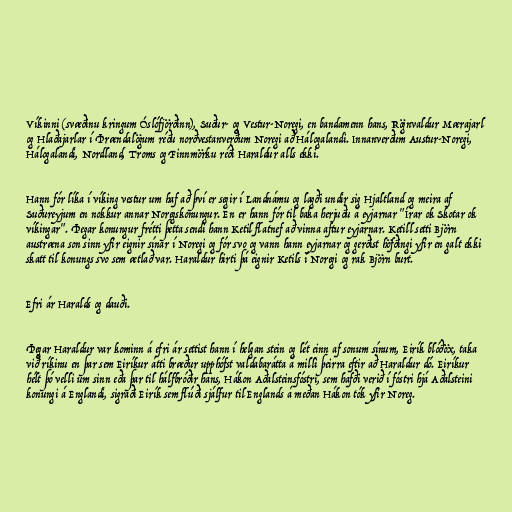
Víkinni (svæðinu kringum Óslófjörðinn), Suður- og Vestur-Noregi, en bandamenn hans, Rögnvaldur Mærajarl
og Hlaðajarlar í Þrændalögum réðu norðvestanverðum Noregi að Hálogalandi. Innanverðum Austur-Noregi,
Hálogalandi, Nordland, Troms og Finnmörku réði Haraldur alls ekki.

Hann fór líka í víking vestur um haf að því er segir í Landnámu og lagði undir sig Hjaltland og meira af
Suðureyjum en nokkur annar Noregskonungur. En er hann fór til baka herjuðu á eyjarnar "Írar ok Skotar ok
víkingar". Þegar konungur frétti þetta sendi hann Ketil flatnef að vinna aftur eyjarnar. Ketill setti Björn
austræna son sinn yfir eignir sínar í Noregi og fór svo og vann hann eyjarnar og gerðist höfðingi yfir en galt ekki
skatt til konungs svo sem ætlað var. Haraldur hirti þá eignir Ketils í Noregi og rak Björn burt.

Efri ár Haralds og dauði.

Þegar Haraldur var kominn á efri ár settist hann í helgan stein og lét einn af sonum sínum, Eirík blóðöx, taka
við ríkinu en þar sem Eiríkur átti bræður upphófst valdabarátta á milli þeirra eftir að Haraldur dó. Eiríkur
hélt þó velli um sinn eða þar til hálfbróðir hans, Hákon Aðalsteinsfóstri, sem hafði verið í fóstri hjá Aðalsteini
konungi á Englandi, sigraði Eirík sem flúði sjálfur til Englands á meðan Hákon tók yfir Noreg.